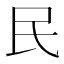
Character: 民